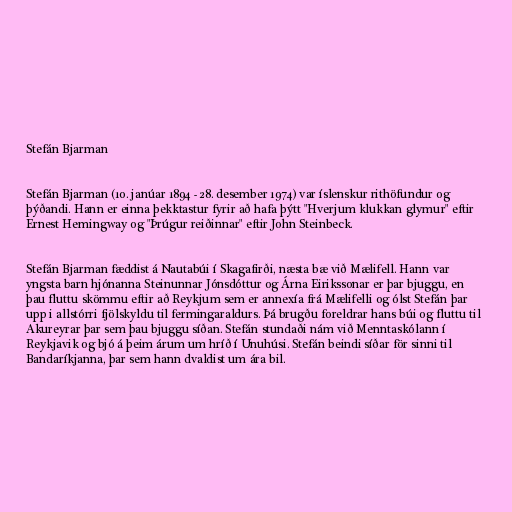
Stefán Bjarman

Stefán Bjarman (10. janúar 1894 - 28. desember 1974) var íslenskur rithöfundur og
þýðandi. Hann er einna þekktastur fyrir að hafa þýtt "Hverjum klukkan glymur" eftir
Ernest Hemingway og "Þrúgur reiðinnar" eftir John Steinbeck.

Stefán Bjarman fæddist á Nautabúi í Skagafirði, næsta bæ við Mælifell. Hann var
yngsta barn hjónanna Steinunnar Jónsdóttur og Árna Eirikssonar er þar bjuggu, en
þau fluttu skömmu eftir að Reykjum sem er annexía frá Mælifelli og ólst Stefán þar
upp i allstórri fjölskyldu til fermingaraldurs. Þá brugðu foreldrar hans búi og fluttu til
Akureyrar þar sem þau bjuggu síðan. Stefán stundaði nám við Menntaskólann í
Reykjavik og bjó á þeim árum um hríð í Unuhúsi. Stefán beindi síðar för sinni til
Bandaríkjanna, þar sem hann dvaldist um ára bil.